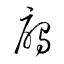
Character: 鴈